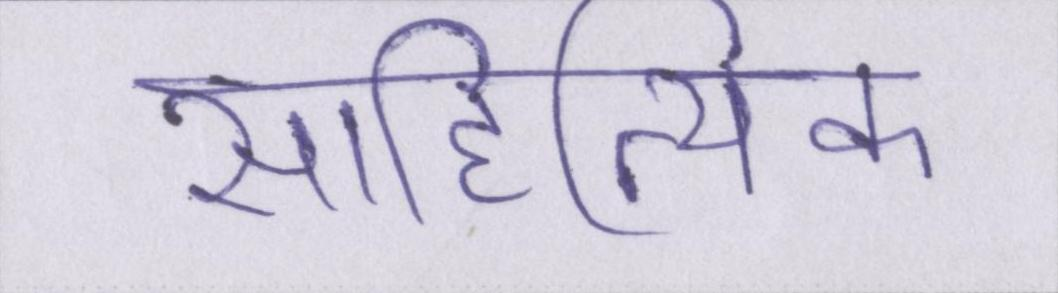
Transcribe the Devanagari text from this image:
साहित्यिक